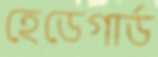
হেডেগার্ড